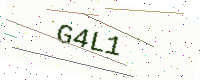
Text: G4L1